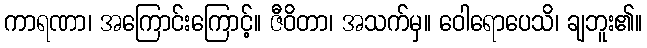
ကာရဏာ၊ အကြောင်းကြောင့်။ ဇီဝိတာ၊ အသက်မှ။ ဝေါရောပေသိ၊ ချဘူး၏။